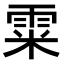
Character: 𩂮